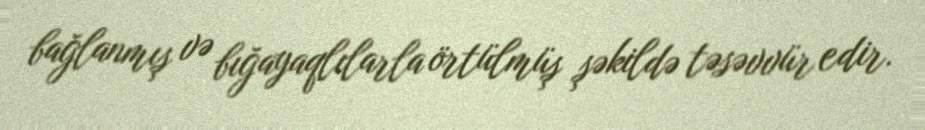
bağlanmış və bığayaqlılarla örtülmüş şəkildə təsəvvür edir.